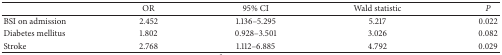
<table><thead><tr><td><b> </b></td><td><b>OR</b></td><td><b>95% CI</b></td><td><b>Wald statistic</b></td><td><b><i>P </i></b></td></tr></thead><tbody><tr><td>BSI on admission</td><td>2.452</td><td>1.136–5.295</td><td>5.217</td><td>0.022</td></tr><tr><td>Diabetes mellitus</td><td>1.802</td><td>0.928–3.501</td><td>3.026</td><td>0.082</td></tr><tr><td>Stroke </td><td>2.768</td><td>1.112–6.885</td><td>4.792</td><td>0.029</td></tr></tbody></table>